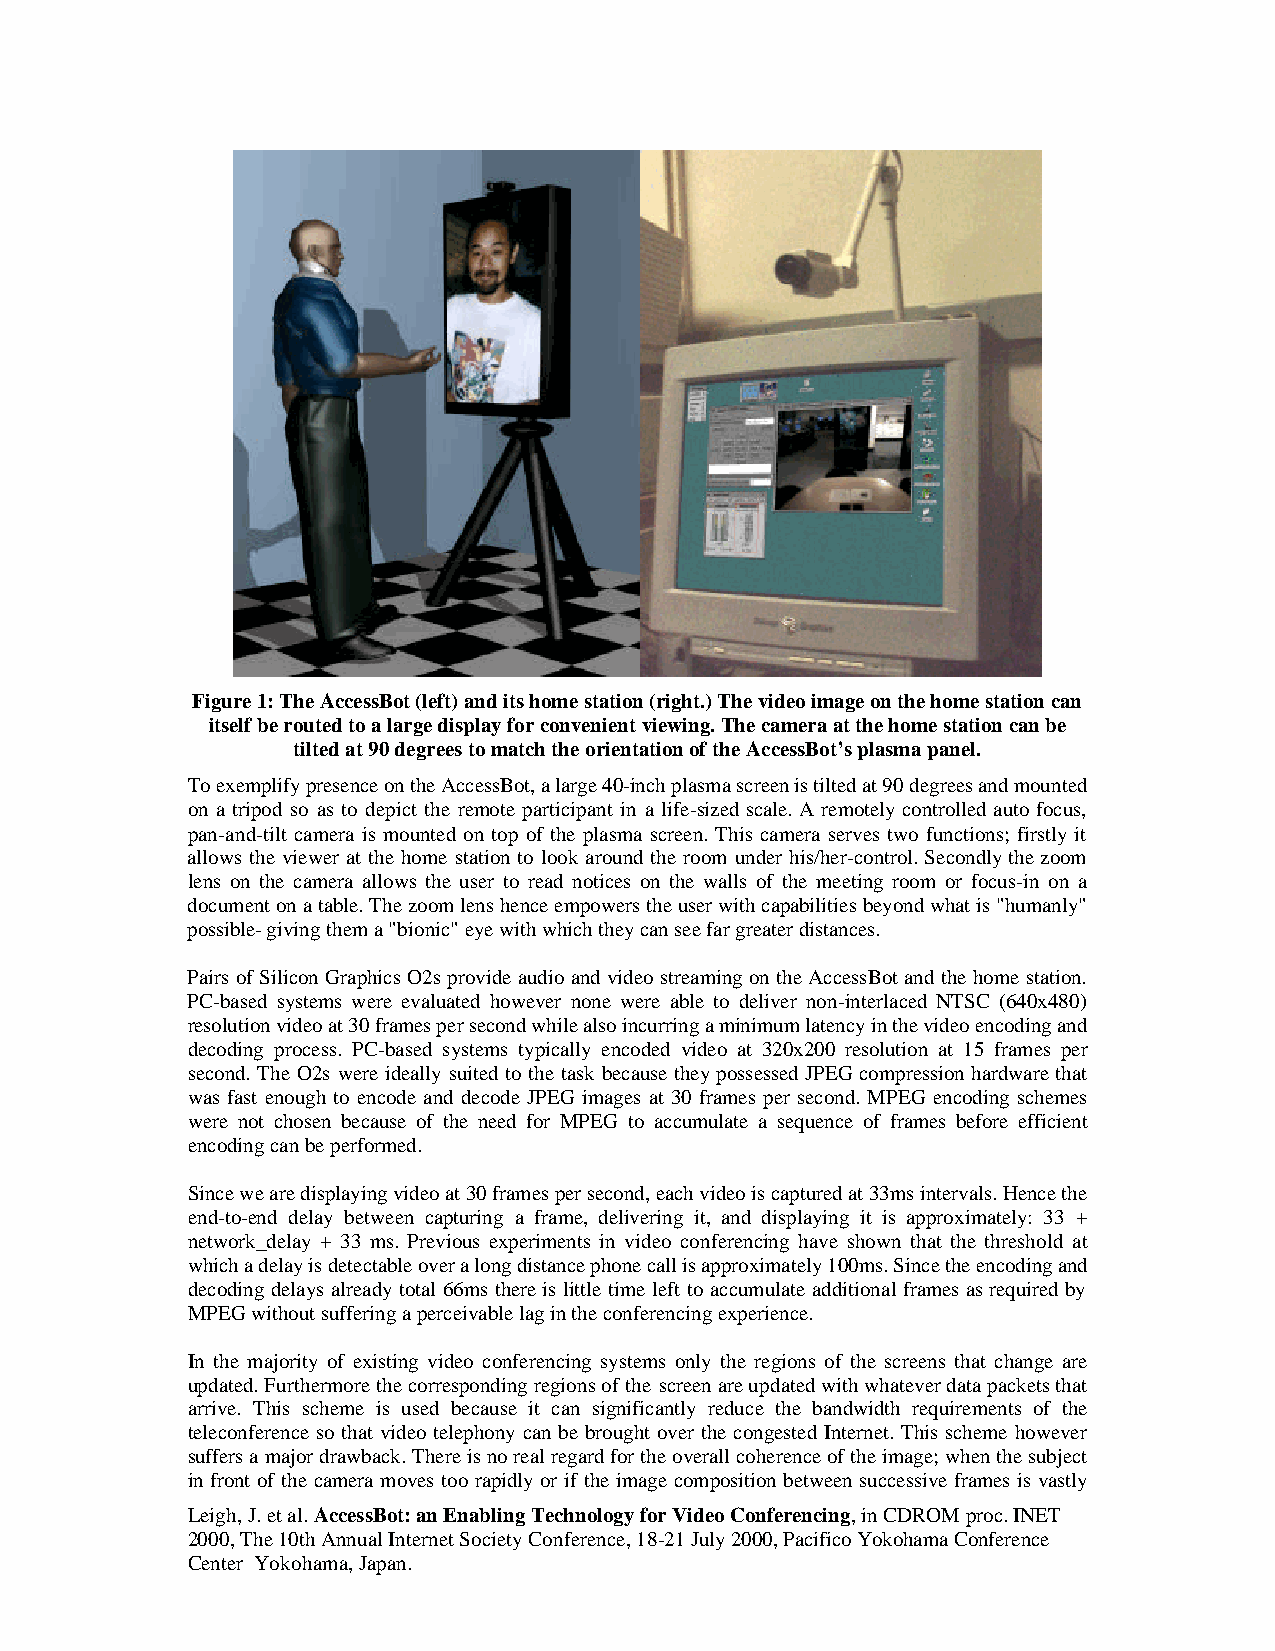
Figure 1: The AccessBot (left) and its home station (right.) The video image on the home station can
 itself be routed to a large display for convenient viewing. The camera at the home station can be
 tilted at 90 degrees to match the orientation of the AccessBot’s plasma panel.
 To exemplify presence on the AccessBot, a large 40-inch plasma screen is tilted at 90 degrees and mounted
 on a tripod so as to depict the remote participant in a life-sized scale. A remotely controlled auto focus,
 pan-and-tilt camera is mounted on top of the plasma screen. This camera serves two functions; firstly it
 allows the viewer at the home station to look around the room under his/her-control. Secondly the zoom
 lens on the camera allows the user to read notices on the walls of the meeting room or focus-in on a
 document on a table. The zoom lens hence empowers the user with capabilities beyond what is "humanly"
 possible- giving them a "bionic" eye with which they can see far greater distances.
 Pairs of Silicon Graphics O2s provide audio and video streaming on the AccessBot and the home station.
 PC-based systems were evaluated however none were able to deliver non-interlaced NTSC (640x480)
 resolution video at 30 frames per second while also incurring a minimum latency in the video encoding and
 decoding process. PC-based systems typically encoded video at 320x200 resolution at 15 frames per
 second. The O2s were ideally suited to the task because they possessed JPEG compression hardware that
 was fast enough to encode and decode JPEG images at 30 frames per second. MPEG encoding schemes
 were not chosen because of the need for MPEG to accumulate a sequence of frames before efficient
 encoding can be performed.
 Since we are displaying video at 30 frames per second, each video is captured at 33ms intervals. Hence the
 end-to-end delay between capturing a frame, delivering it, and displaying it is approximately: 33 +
 network_delay + 33 ms. Previous experiments in video conferencing have shown that the threshold at
 which a delay is detectable over a long distance phone call is approximately 100ms. Since the encoding and
 decoding delays already total 66ms there is little time left to accumulate additional frames as required by
 MPEG without suffering a perceivable lag in the conferencing experience.
 In the majority of existing video conferencing systems only the regions of the screens that change are
 updated. Furthermore the corresponding regions of the screen are updated with whatever data packets that
 arrive. This scheme is used because it can significantly reduce the bandwidth requirements of the
 teleconference so that video telephony can be brought over the congested Internet. This scheme however
 suffers a major drawback. There is no real regard for the overall coherence of the image; when the subject
 in front of the camera moves too rapidly or if the image composition between successive frames is vastly
 Leigh, J. et al. AccessBot: an Enabling Technology for Video Conferencing, in CDROM proc. INET
 2000, The 10th Annual Internet Society Conference, 18-21 July 2000, Pacifico Yokohama Conference
 Center Yokohama, Japan.